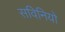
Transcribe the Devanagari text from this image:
सविनियो